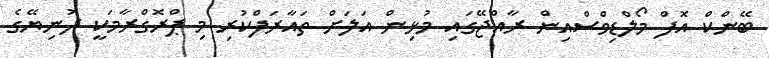
ބޭންކް އޮފް މޯލްޑިވްސްއިން ރާއްޖޭގައި މުޅިން އަލަށް ތައާރަފްކުރި މި ޕްރޮގްރާމަކީ ދުނިޔޭގެ